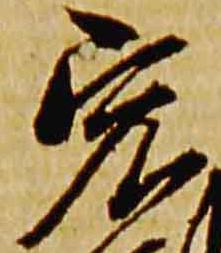
宏